Lunatic asylums Punjab 1881-1894 - 1881-1894
Year: 1881
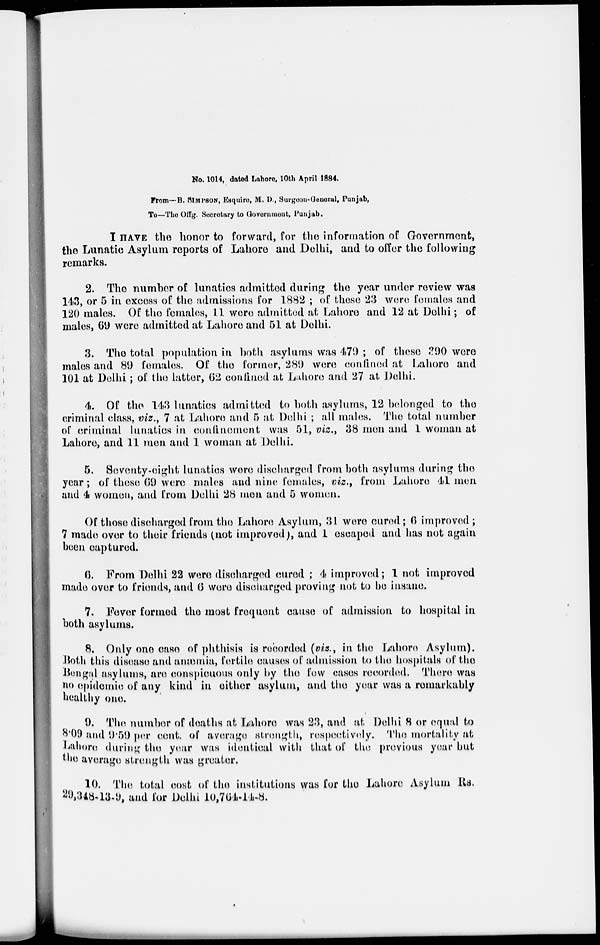
No. 1014, dated Lahore, 10th April 1884.
From—B. SIMPSON, Esquire, M. D., Surgeon-General, Punjab,
To—The Offg. Secretary to Government, Punjab.
I HAVE the honor to forward, for the information of Government,
the Lunatic Asylum reports of Lahore and Delhi, and to offer the following
remarks.
2. The number of lunatics admitted during the year under review was
143, or 5 in excess of the admissions for 1882 ; of these 23 were females and
120 males. Of the females, 11 were admitted at Lahore and 12 at Delhi; of
males, 69 were admitted at Lahore and 51 at Delhi.
3. The total population in both asylums was 479 ; of these 390 were
males and 89 females. Of the former, 289 were confined at Lahore and
101 at Delhi; of the latter, 62 confined at Lahore and 27 at Delhi.
4. Of the 143 lunatics admitted to both asylums, 12 belonged to the
criminal class, viz., 7 at Lahore and 5 at Delhi; all males. The total number
of criminal lunatics in confinement was 51, viz., 38 men and 1 woman at
Lahore, and 11 men and 1 woman at Delhi.
5. Seventy-eight lunatics were discharged from both asylums during the
year; of these 69 were males and nine females, viz., from Lahore 41 men
and 4 women, and from Delhi 28 men and 5 women.
Of those discharged from the Lahore Asylum, 31 were cured; 6 improved;
7 made over to their friends (not improved), and 1 escaped and has not again
been captured.
6. From Delhi 22 were discharged cured ; 4 improved; 1 not improved
made over to friends, and 6 were discharged proving not to be insane.
7. Fever formed the most frequent cause of admission to hospital in
both asylums.
8. Only one case of phthisis is recorded (viz., in the Lahore Asylum).
Both this disease and anæmia, fertile causes of admission to the hospitals of the
Bengal asylums, are conspicuous only by the few cases recorded. There was
no epidemic of any kind in either asylum, and the year was a remarkably
healthy one.
9. The number of deaths at Lahore was 23, and at Delhi 8 or equal to
8.09 and 9.59 per cent. of average strength, respectively. The mortality at
Lahore during the year was identical with that of the previous year but
the average strength was greater.
10. The total cost of the institutions was for the Lahore Asylum Rs.
29,348-13-9, and for Delhi 10,764-14-8.